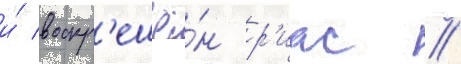
и́ воскр'ешё́н р'иас //